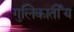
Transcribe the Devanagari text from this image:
गुलिकार्तीय